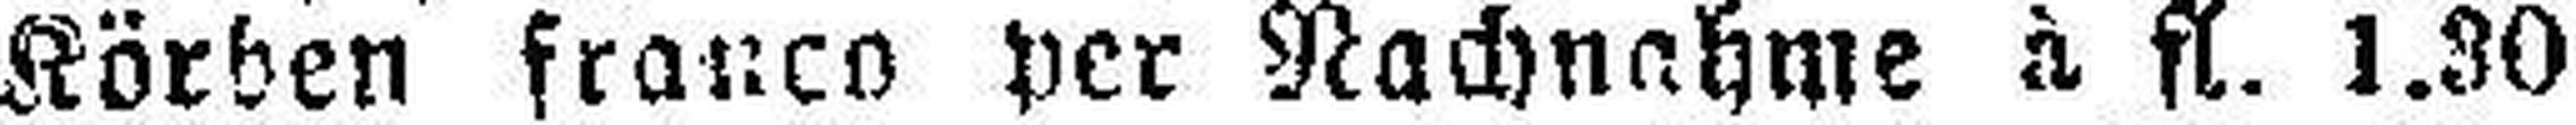
Körben franco per Nachnahme à fl. 1.30